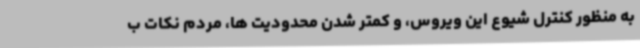
به منظور کنترل شیوع این ویروس، و کمتر شدن محدودیت ها، مردم نکات ب